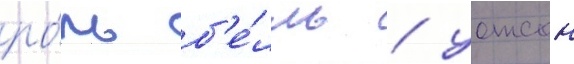
ро́ль б'е́лль / уотсон